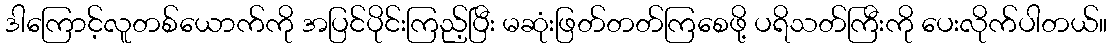
ဒါကြောင့်လူတစ်ယောက်ကို အပြင်ပိုင်းကြည့်ပြီး မဆုံးဖြတ်တတ်ကြစေဖို့ ပရိသတ်ကြီးကို ပေးလိုက်ပါတယ်။